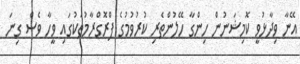
އޭނާ ވިދާޅުވީ ކޮމިޝަނުން ހިންގާ ހޭލުންތެރި ކުރުވުމުގެ ޕްރޮގްރާމުތަކުގައި ވީހާ ވެސް ގިނަ